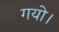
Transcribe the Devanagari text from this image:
गयो।